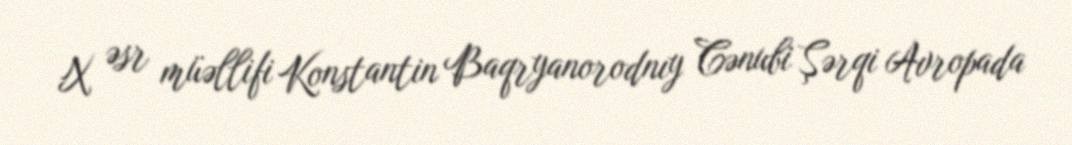
X əsr müəllifi Konstantin Baqryanorodnıy Cənubi Şərqi Avropada